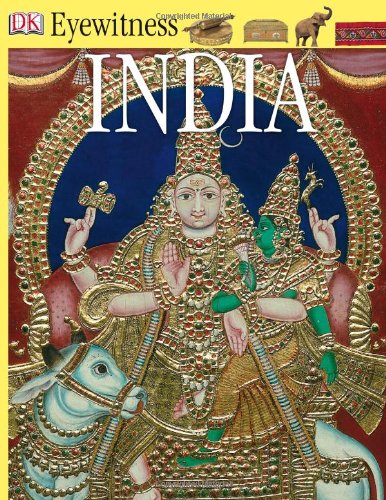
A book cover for India (Eyewitness Books); Manini Chatterjee; Children's Books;